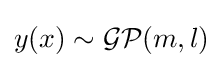
y(x)\sim {\mathcal {GP}}(m,l)